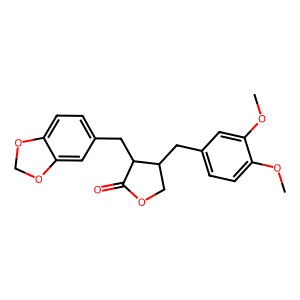
SMILES: COc1ccc(CC2COC(=O)C2Cc2ccc3c(c2)OCO3)cc1OC
Inhibits HIV replication: No